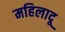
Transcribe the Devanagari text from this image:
महिलादू